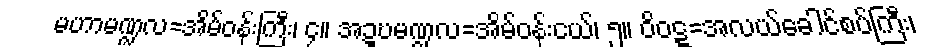
မဟာမဏ္ဍလ=အိမ်ဝန်းကြီး၊ ၄။ အဍ္ဎမဏ္ဍလ=အိမ်ဝန်းငယ်၊ ၅။ ဝိဝဋ္ဋ=အလယ်ခေါင်စပ်ကြီး၊